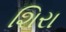
શિરા